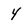
Character: 4